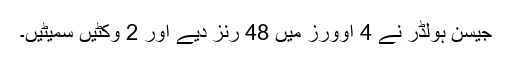
جیسن ہولڈر نے 4 اوورز میں 48 رنز دیے اور 2 وکٹیں سمیٹیں۔